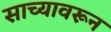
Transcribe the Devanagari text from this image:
साच्यावरून